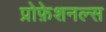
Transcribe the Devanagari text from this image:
प्रोफ़ेशनल्स